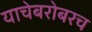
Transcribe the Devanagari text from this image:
याचेबरोबरच